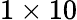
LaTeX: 1\times 10